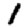
Digit: 1